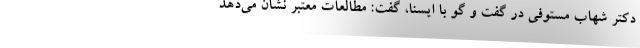
دکتر شهاب مستوفی در گفت و گو با ایسنا، گفت: مطالعات معتبر نشان می‌دهد